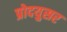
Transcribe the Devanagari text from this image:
प्रोदयुसर